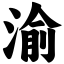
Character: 渝